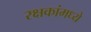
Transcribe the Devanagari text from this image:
रक्षकांमध्ये